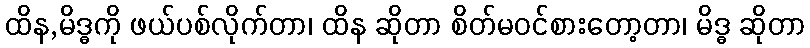
ထိန,မိဒ္ဓကို ဖယ်ပစ်လိုက်တာ၊ ထိန ဆိုတာ စိတ်မဝင်စားတော့တာ၊ မိဒ္ဓ ဆိုတာ